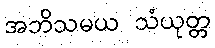
အဘိသမယ သံယုတ္တ